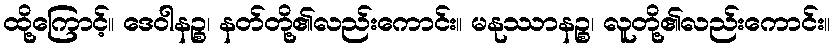
ထို့ကြောင့်။ ဒေဝါနဉ္စ၊ နတ်တို့၏လည်းကောင်း။ မနုဿာနဉ္စ၊ လူတို့၏လည်းကောင်း။